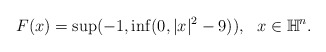
\begin{align*} \begin{aligned} F(x)=\sup(-1,\inf(0,|x|^2-9)),~~x\in \mathbb{H}^n. \end{aligned}\end{align*}